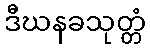
ဒီဃနခသုတ္တံ